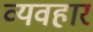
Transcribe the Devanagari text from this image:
व्यवहार